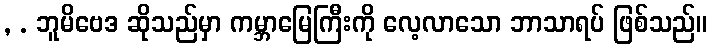
, . ဘူမိဗေဒ ဆိုသည်မှာ ကမ္ဘာမြေကြီးကို လေ့လာသော ဘာသာရပ် ဖြစ်သည်။